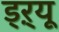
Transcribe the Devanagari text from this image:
ड्‌ऱ्यू